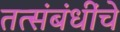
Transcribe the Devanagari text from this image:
तत्संबंधींचे